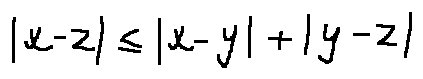
| x - z | \leq | x - y | + | y - z |